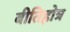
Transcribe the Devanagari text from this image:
बीतिहोत्र